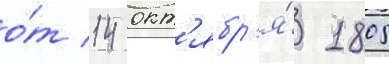
о́т 14 окт'ябр'я́ 1805